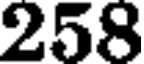
258